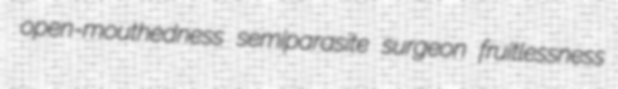
open-mouthedness semiparasite surgeon fruitlessness